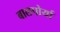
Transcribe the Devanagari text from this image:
बालपोर्या